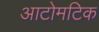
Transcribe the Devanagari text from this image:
आटोमटिक